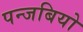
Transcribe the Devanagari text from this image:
पन्जबियो